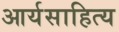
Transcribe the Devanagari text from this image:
आर्यसाहित्य